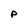
Character: P